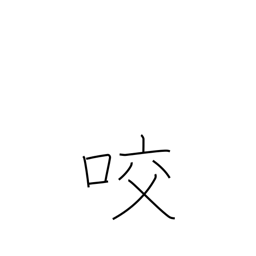
Meaning: gear with